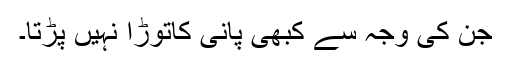
جن کی وجہ سے کبھی پانی کاتوڑا نہیں پڑتا۔